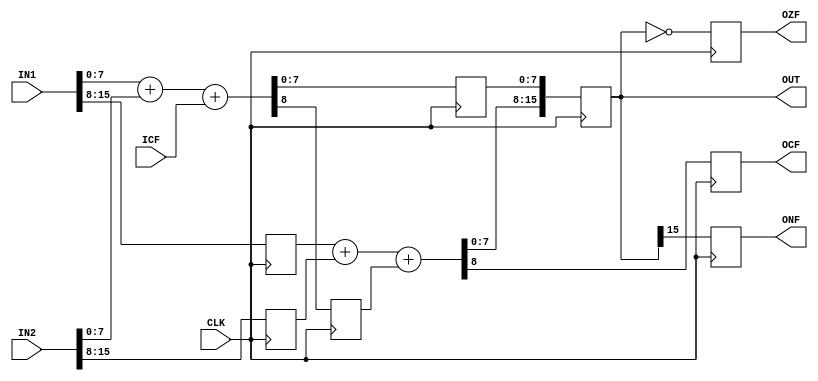
`timescale 1ns / 1ps
//////////////////////////////////////////////////////////////////////////////////
// Company: 
// Engineer: 
// 
// Design Name: 
// Module Name:    ALU with 2-Stage Pipeline
// Project Name: 
// Target Devices: 
// Tool versions: 
// Description: 
//
// Dependencies: 
//
// Revision: 
// Revision 0.01 - File Created
// Additional Comments: 
//
//////////////////////////////////////////////////////////////////////////////////
module ALUP2(
  input  wire       CLK,  // Clock trigger signal
  input  wire[15:0] IN1,  // Input 1
  input  wire[15:0] IN2,  // Input 2
  input  wire       ICF,  // Input Carry Flag
  output reg [15:0] OUT,  // Output
  output reg        OCF,  // Output Carry Flag
  output reg        OZF,  // Output Zero Flag
  output reg        ONF   // Output Negative Flag
);
  
  // STAGE 1: Registers
  reg [7:0] OUT_s1 = 0;
  reg       OCF_s1 = 0;
  reg [7:0] IN1_s1 = 0;
  reg [7:0] IN2_s1 = 0;
  
  
  // Clock trigger
  always @(posedge CLK) begin
    // STAGE 1: Running
    //   - Process lower bits
    {OCF_s1,OUT_s1} <= IN1[7:0] + IN2[7:0] + ICF;
    //   - Push higher bits
    IN1_s1          <= IN1[15:8];
    IN2_s1          <= IN2[15:8];
    
    // STAGE 2: Running
    //   - Process
    {OCF,OUT[15:8]} <= IN1_s1 + IN2_s1 + OCF_s1;
    OUT[7:0]        <= OUT_s1;
    ONF             <= (OUT[15]==1'b1);
    OZF             <= (OUT==16'b0);
  end
  
endmodule